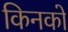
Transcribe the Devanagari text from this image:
किनको